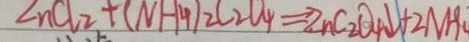
\angle n C l _ { 2 } + ( N H _ { 4 } ) _ { 2 } C _ { 2 } O _ { 4 } \Rightarrow Z n C _ { 2 } O _ { 4 } \downarrow + 2 N H